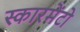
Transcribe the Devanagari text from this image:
स्कारमेंटो